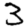
Digit: 3